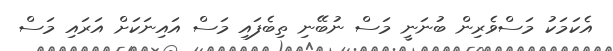
އެކަމަކު މަސްވެރިން ބުނަނީ މަސް ނުބޭނި ތިބެފައި މަސް އައިނަކަށް އަރައި މަސް